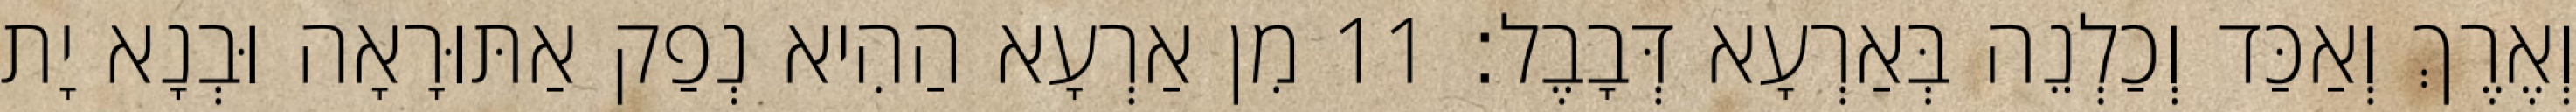
וְאֶרֶךְ וְאַכַּד וְכַלְנֵה בְּאַרְעָא דְּבָבֶל׃ 11 מִן אַרְעָא הַהִיא נְפַק אַתּוּרָאָה וּבְנָא יָת